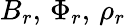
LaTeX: B_{r},\, \Phi_{r},\, \rho_{r}